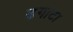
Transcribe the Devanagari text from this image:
ढगाटा